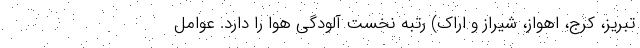
تبریز، کرج، اهواز، شیراز و اراک) رتبه نخست آلودگی هوا را دارد. عوامل